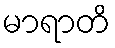
မာရာတိ